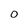
Character: 0